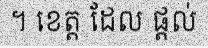
។ ខេត្ត ដែល ផ្តល់